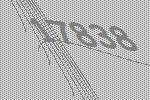
17838